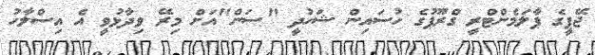
ޖޭޕީގެ ޕާލަމެންޓްރީ ގްރޫޕުގެ ހުސައިން ޝަހުދީ "ސަން"އަށް މިރޭ ވިދާޅުވީ އެ އިސްލާހު